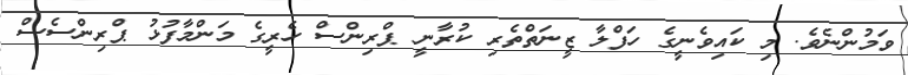
ވަމުންނެވެ. މި ކައިވެނީގެ ހަފްލާ ޒީނަތްތެރި ކުރާނީ ޕްރިންސް ހެރީގެ މަންމާފުޅު ޕްރިންސެސް